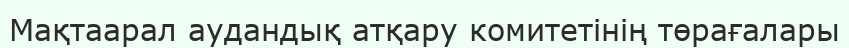
Мақтаарал аудандық атқару комитетінің төрағалары